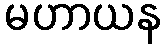
မဟာယန